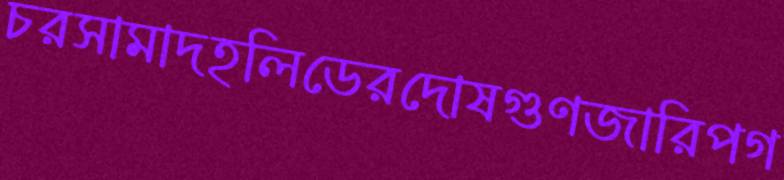
চরসামাদহলিডেরদোষগুণজারিপগ